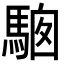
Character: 𩣢